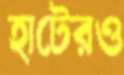
হাটেরও